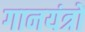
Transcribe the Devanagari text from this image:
गानयंत्रों